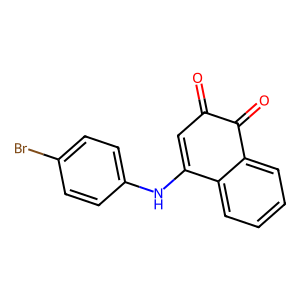
SMILES: O=C1C=C(Nc2ccc(Br)cc2)c2ccccc2C1=O
Inhibits HIV replication: No